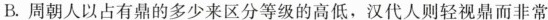
B.周朝以占有鼎的多少来区分等级的高低，汉代人则轻视鼎而非常